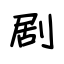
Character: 剧